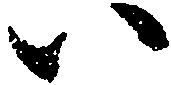
い